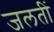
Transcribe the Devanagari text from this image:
जलतीं